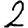
Digit: 2